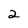
Character: 2